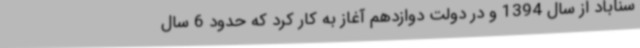
سناباد از سال 1394 و در دولت دوازدهم آغاز به کار کرد که حدود 6 سال